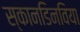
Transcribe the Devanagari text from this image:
स्कानडिनविया